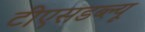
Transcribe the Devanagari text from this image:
टीएसडब्ल्यू